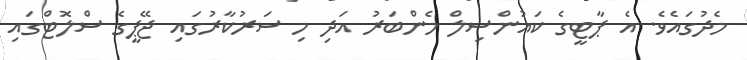
މެދުގައެވެ. އެ ޕާޓީގެ ކައުންސިލް މެންބަރު އަދި މި ސަރުކާރުގައި ޖޭޕީގެ ސްލޮޓްގައި